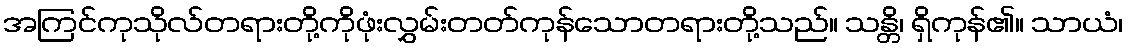
အကြင်ကုသိုလ်တရားတို့ကိုဖုံးလွှမ်းတတ်ကုန်သောတရားတို့သည်။ သန္တိ၊ ရှိကုန်၏။ သာယံ၊